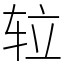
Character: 䢂